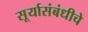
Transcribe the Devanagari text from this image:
सूर्यासंबंधीचे